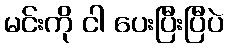
မင်းကို ငါ ပေးပြီးပြီပဲ